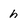
Character: h